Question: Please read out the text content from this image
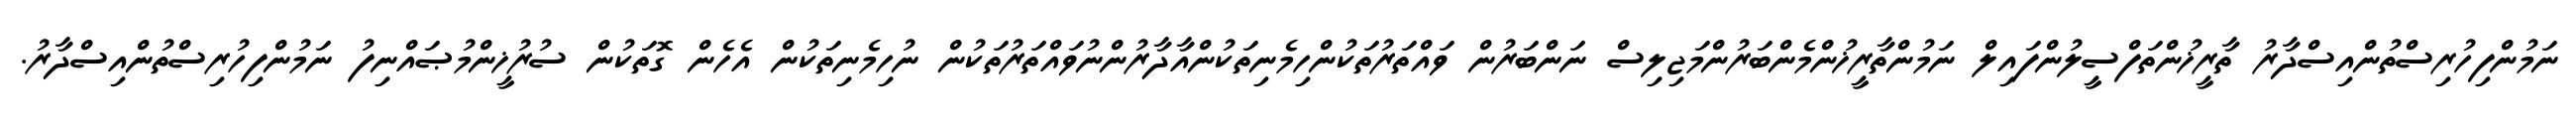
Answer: ނަމުންފިހުރިސްތުންއިސްދާރު ތާރީޚުންތަފްސީލުންފައިލް ނަމުންތާރީޚުންމެންބަރުންމަޖިލިސް ނަންބަރުން ވައްތަރުތަކުންހިމެނިތަކުންއާދާރުންނުވައްތަރުތަކުން ނުހިމެނިތަކުން އެހެން ގޮތަކުން ސުރުޚީންމުޞައްނިފު ނަމުންފިހުރިސްތުންއިސްދާރު.